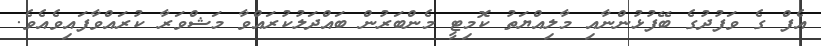
އެފް ގެ ވަފުދުގެ ބޭފުޅުންނާއި މާލިއްޔަތު ކޮމިޓީ މެންބަރުން ބައްދަލުކުރައްވާ މަޝްވަރާ ކުރައްވާފައިވެއެވެ.